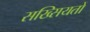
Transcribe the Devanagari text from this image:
सख्सियतों